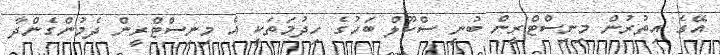
އޭގެ އިތުރުން މިނިސްޓްރީން ބުނީ ސްކޫލް ބަހުގެ ހިދުމަތަކީ އެ މިނިސްޓްރީން ދެމުންގެންދާ